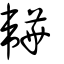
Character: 韡